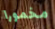
مخمورا